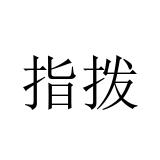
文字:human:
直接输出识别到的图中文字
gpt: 指拨